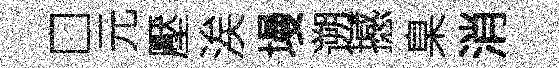
□元壓涘墁遡撼臬消